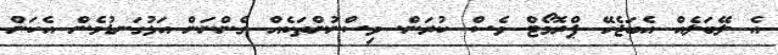
އެ ލޭބަލެއް އެބަޖެހޭ ޕްރޮމޯޓް ވެސް ކުރަން. ވިސްނުންތަކެއް ގެންނަން އަޅުގަނޑުމެން އެކަން